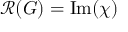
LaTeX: { \mathcal { R } } ( G ) = { \mathrm { I m } } ( \chi )